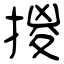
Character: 㨑